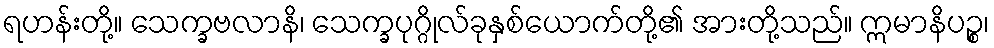
ရဟန်းတို့။ သေက္ခဗလာနိ၊ သေက္ခပုဂ္ဂိုလ်ခုနှစ်ယောက်တို့၏ အားတို့သည်။ ဣမာနိပဉ္စ၊